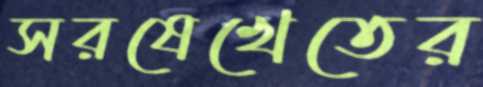
সরষেখেতের